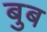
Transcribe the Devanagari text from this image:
बुब